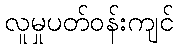
လူမှုပတ်ဝန်းကျင်